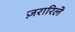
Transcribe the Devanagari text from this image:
ज़रारिले